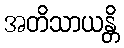
အတိသာယန္တိ